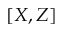
[ X , Z ]